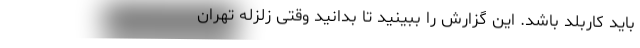
باید کاربلد باشد. این گزارش را ببینید تا بدانید وقتی زلزله تهران